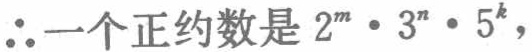
$\therefore 一个正约数是\ 2^{m}\cdot 3^{n}\cdot 5^{k},$